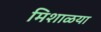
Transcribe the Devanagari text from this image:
मिशाळया